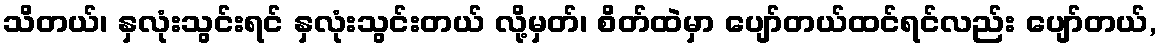
သိတယ်၊ နှလုံးသွင်းရင် နှလုံးသွင်းတယ် လို့မှတ်၊ စိတ်ထဲမှာ ပျော်တယ်ထင်ရင်လည်း ပျော်တယ်,